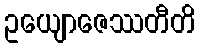
ဥယျောဇေဿတီတိ